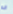
انه